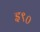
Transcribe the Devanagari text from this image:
इ९०